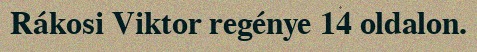
Rákosi Viktor regénye 14 oldalon.